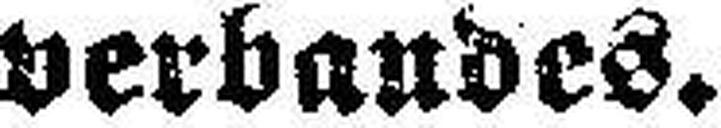
verbandes.